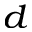
^ { d }